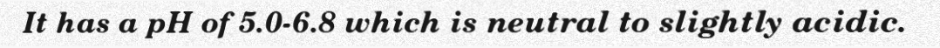
It has a pH of 5.0-6.8 which is neutral to slightly acidic.